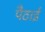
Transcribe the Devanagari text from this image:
पैठाई